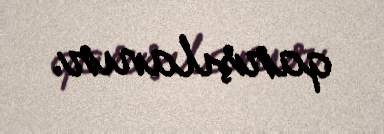
qarşılanır.